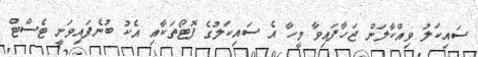
ސައިކަލު ވިއްކާލަން ޖަހާފައިވާ މީހާ އެ ސައިކަލުގެ ފޮޓޯތަކާއި އެކު ބުނެފައިވަނީ ޓެސްޓް